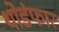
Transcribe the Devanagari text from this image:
थोडंफार